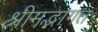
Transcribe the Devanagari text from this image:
श्रीमद्भागत